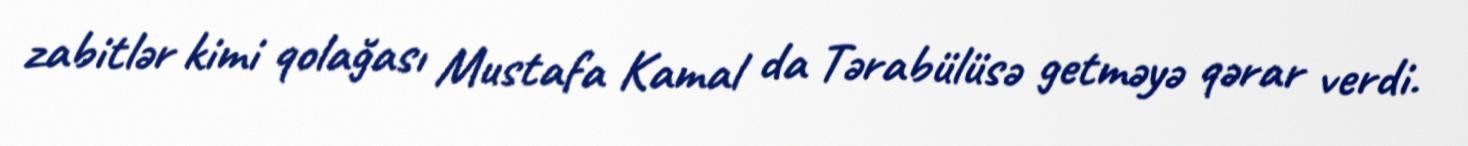
zabitlər kimi qolağası Mustafa Kamal da Tərabülüsə getməyə qərar verdi.